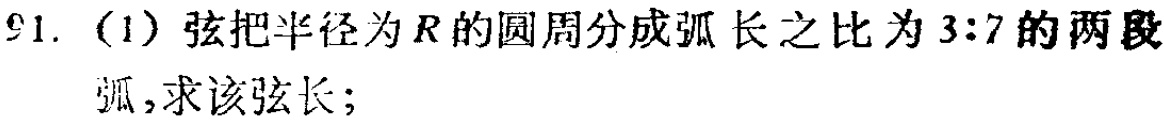
91.（1）弦把半径为\(R\)的圆周分成弧长之比为\(3:7\)的两段弧,求该弦长；